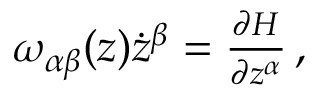
\begin{array} { r } { \omega _ { \alpha \beta } ( z ) \dot { z } ^ { \beta } = \frac { \partial H } { \partial z ^ { \alpha } } \, , } \end{array}